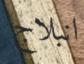
انبلاج